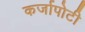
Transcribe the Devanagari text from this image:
कर्जापोटी